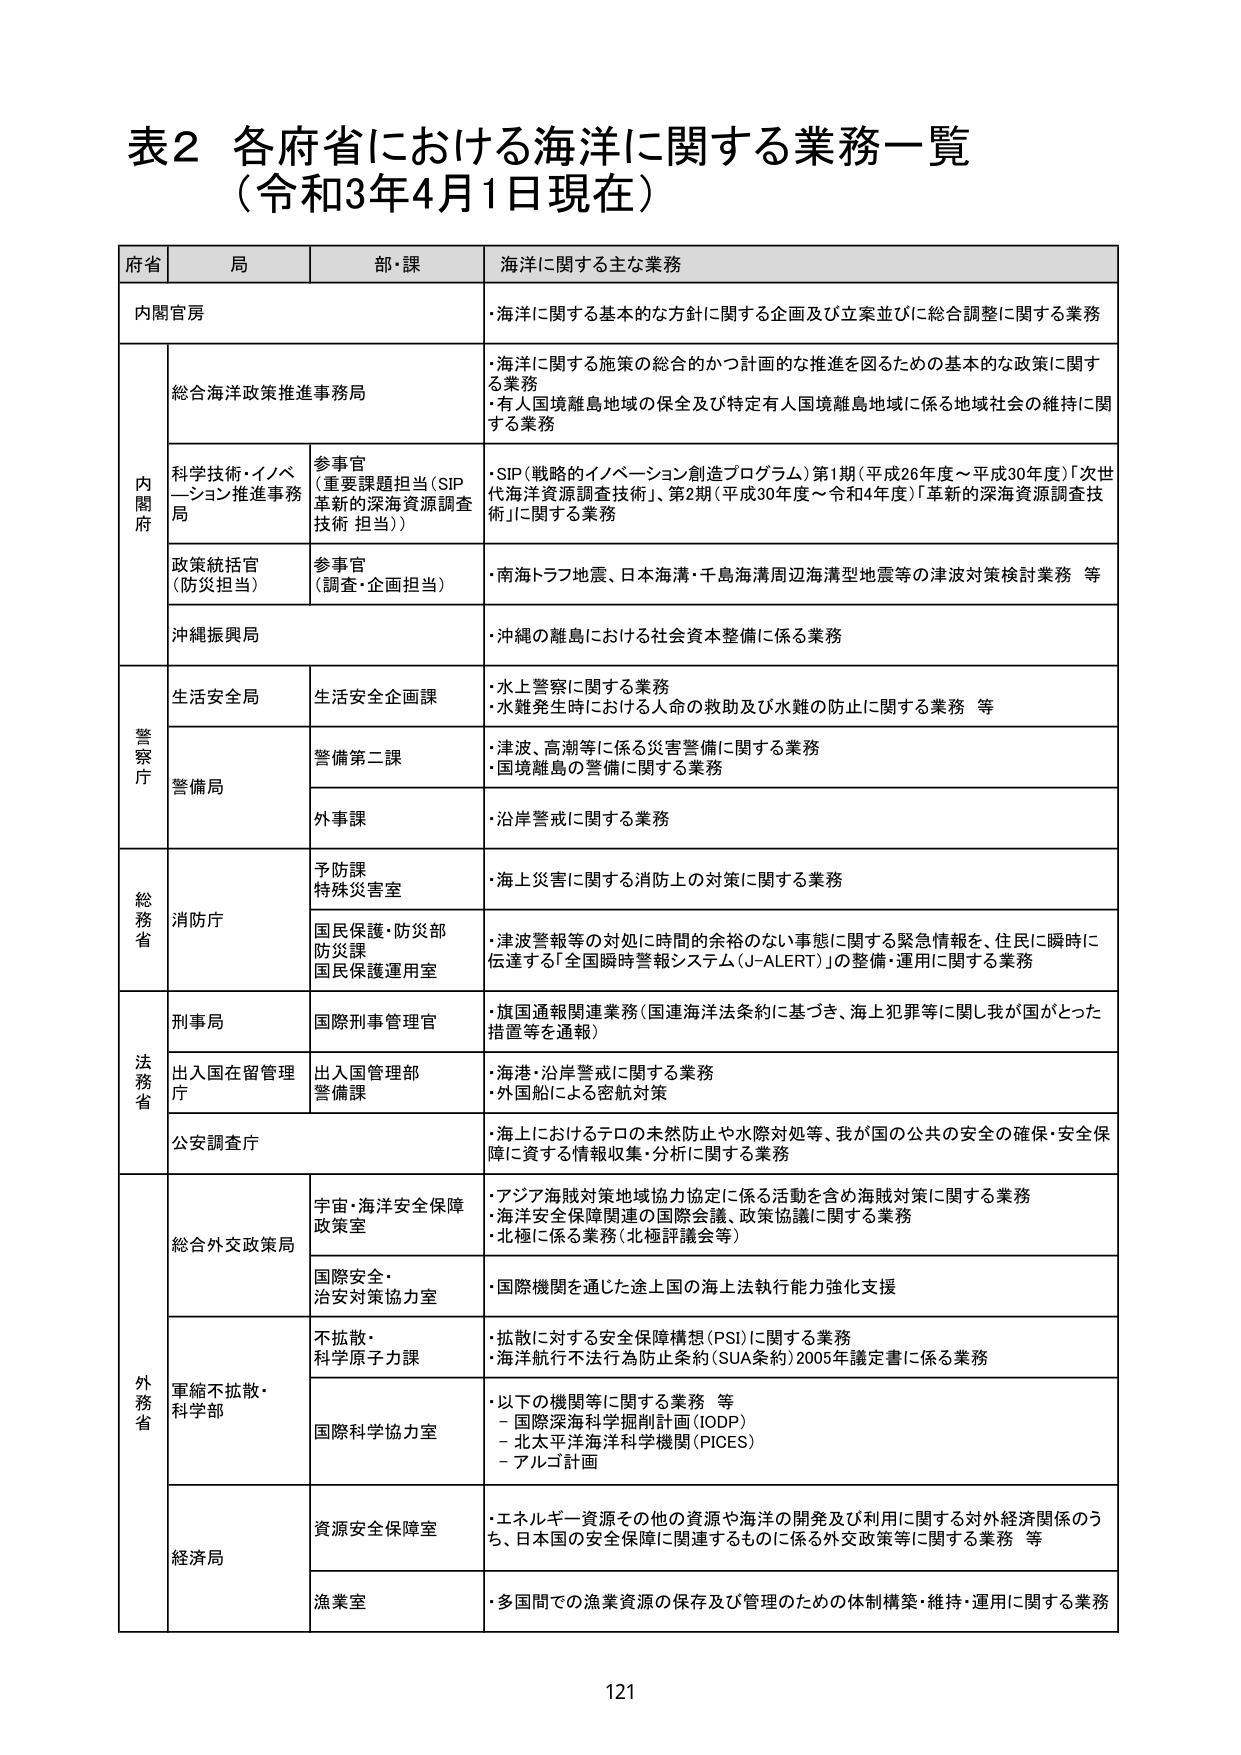
表2 各府省における海洋に関する業務一覧
（令和3年4月1日現在）

府省　局　部・課　海洋に関する主な業務

内閣官房
・海洋に関する基本的な方針に関する企画及び立案並びに総合調整に関する業務

内閣府
総合海洋政策推進事務局
・海洋に関する施策の総合的かつ計画的な推進を図るための基本的な政策に関する業務
・有人国境離島地域の保全及び特定有人国境離島地域に係る地域社会の維持に関する業務

科学技術・イノベーション推進事務局　参事官（重要課題担当（SIP 革新的深海資源調査技術担当））
・SIP（戦略的イノベーション創造プログラム）第1期（平成26年度～平成30年度）「次世代海洋資源調査技術」、第2期（平成30年度～令和4年度）「革新的深海資源調査技術」に関する業務

政策統括官（防災担当）　参事官（調査・企画担当）
・南海トラフ地震、日本海溝・千島海溝周辺海溝型地震等の津波対策検討業務 等

沖縄振興局
・沖縄の離島における社会資本整備に係る業務

警察庁
生活安全局　生活安全企画課
・水上警察に関する業務
・水難発生時における人命の救助及び水難の防止に関する業務 等

警備局
警備第二課
・津波、高潮等に係る災害警備に関する業務
・国境離島の警備に関する業務

外事課
・沿岸警戒に関する業務

総務省
消防庁
予防課 特殊災害室
・海上災害に関する消防上の対策に関する業務

国民保護・防災部 防災課 国民保護運用室
・津波警報等の対処に時間的余裕のない事態に関する緊急情報を、住民に瞬時に伝達する「全国瞬時警報システム（J-ALERT）」の整備・運用に関する業務

法務省
刑事局　国際刑事管理官
・旗国通報関連業務（国連海洋法条約に基づき、海上犯罪等に関し我が国がとった措置等を通報）

出入国在留管理庁　出入国管理部 警備課
・海港・沿岸警戒に関する業務
・外国船による密航対策

公安調査庁
・海上におけるテロの未然防止や水際対処等、我が国の公共の安全の確保・安全保障に資する情報収集・分析に関する業務

外務省
総合外交政策局
宇宙・海洋安全保障政策室
・アジア海賊対策地域協力協定に係る活動を含め海賊対策に関する業務
・海洋安全保障関連の国際会議、政策協議に関する業務
・北極に係る業務（北極評議会等）

国際安全・治安対策協力室
・国際機関を通じた途上国の海上法執行能力強化支援

軍縮不拡散・科学部
不拡散・科学原子力課
・拡散に対する安全保障構想（PSI）に関する業務
・海洋航行不法行為防止条約（SUA条約）2005年議定書に係る業務

国際科学協力室
・以下の機関等に関する業務 等
　－国際深海科学掘削計画（IODP）
　－北太平洋海洋科学機関（PICES）
　－アルゴ計画

経済局
資源安全保障室
・エネルギー資源その他の資源や海洋の開発及び利用に関する対外経済関係のうち、日本国の安全保障に関連するものに係る外交政策等に関する業務 等

漁業室
・多国間での漁業資源の保存及び管理のための体制構築・維持・運用に関する業務

121